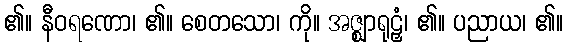
၏။ နီဝရဏော၊ ၏။ စေတသော၊ ကို။ အဇ္ဈာရုဠှံ၊ ၏။ ပညာယ၊ ၏။